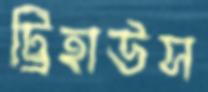
ট্রিহাউস